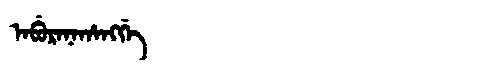
Manchu: ᠠᠪᡠᡵᠠᠨᠠᡥᠠᠩᡤᡝ
Romanization: ABURANAHANGGE